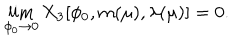
\lim _ { \phi _ { 0 } \to 0 } X _ { 3 } [ \phi _ { 0 } , m ( \mu ) , \lambda ( \mu ) ] = 0 .